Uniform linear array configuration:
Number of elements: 48
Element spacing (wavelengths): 1
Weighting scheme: exponential
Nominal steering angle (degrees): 15
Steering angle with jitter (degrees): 14.557
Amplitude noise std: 0.05
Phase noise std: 0.05

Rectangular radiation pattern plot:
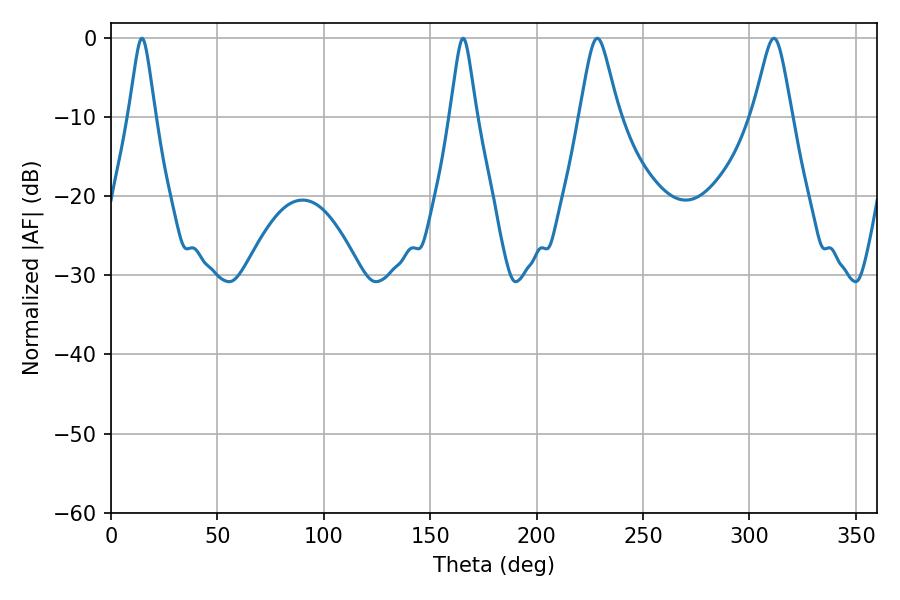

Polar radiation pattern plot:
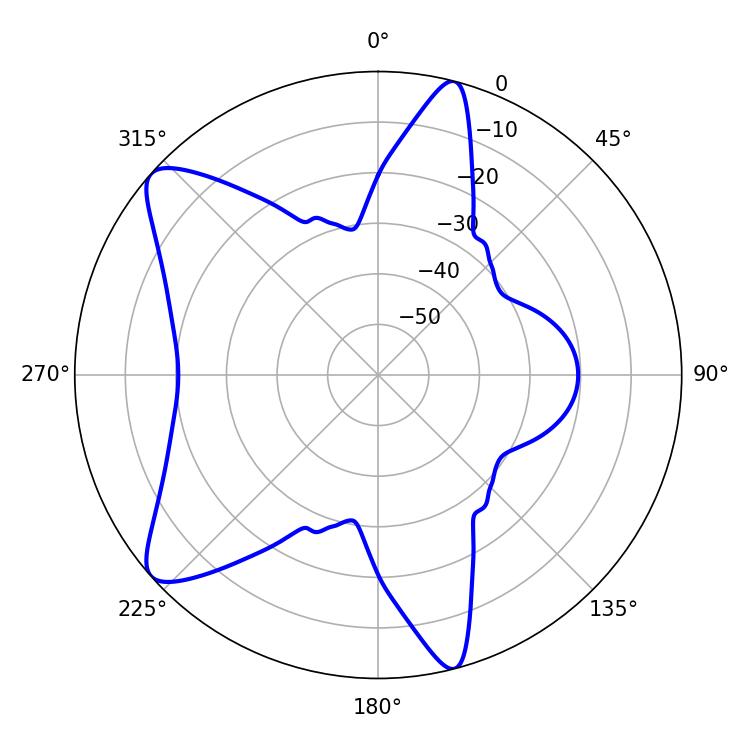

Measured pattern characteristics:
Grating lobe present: TRUE
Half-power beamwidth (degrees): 5.76
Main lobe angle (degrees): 14.58